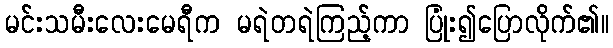
မင်းသမီးလေးမေရီက မရဲတရဲကြည့်ကာ ပြုံး၍ပြောလိုက်၏။